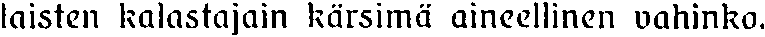
laisten kalastajain kärsimä aineellinen vahinko.